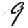
Digit: 9